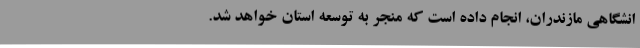
انشگاهی مازندران، انجام داده است که منجر به توسعه استان خواهد شد.